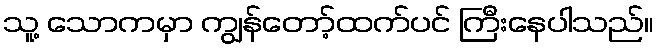
သူ့ သောကမှာ ကျွန်တော့်ထက်ပင် ကြီးနေပါသည်။